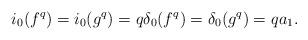
LaTeX: \begin{align*} i_0(f^q) = i_0(g^q) = q\delta_0(f^q) = \delta_0(g^q) = qa_1.\end{align*}